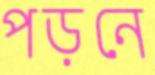
পড়নে